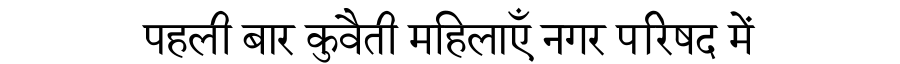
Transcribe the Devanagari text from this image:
पहली बार कुवैती महिलाएँ नगर परिषद में